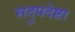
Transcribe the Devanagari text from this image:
सदुपदेष्टा